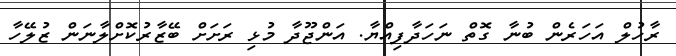
ރާހުލް އަހަރެން ބުނާ ގޮތް ނަހަދާފިއްޔާ. އަންޖޫދާ މުޅި ރަަށަށް ބޭޒާރުކޮށްލާނަން ޒުލޭހާ